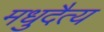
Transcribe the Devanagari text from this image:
मधुदैत्य